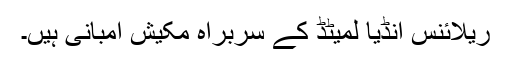
ریلائنس انڈیا لمیٹڈ کے سربراہ مکیش امبانی ہیں۔